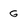
Character: G